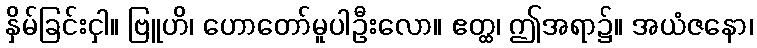
နှိမ်ခြင်းငှါ။ ဗြူဟိ၊ ဟောတော်မူပါဦးလော။ ဧတ္ထ၊ ဤအရာ၌။ အယံဇနော၊